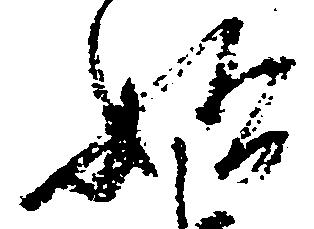
始